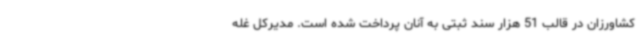
کشاورزان در قالب 51 هزار سند ثبتی به آنان پرداخت شده است. مدیرکل غله